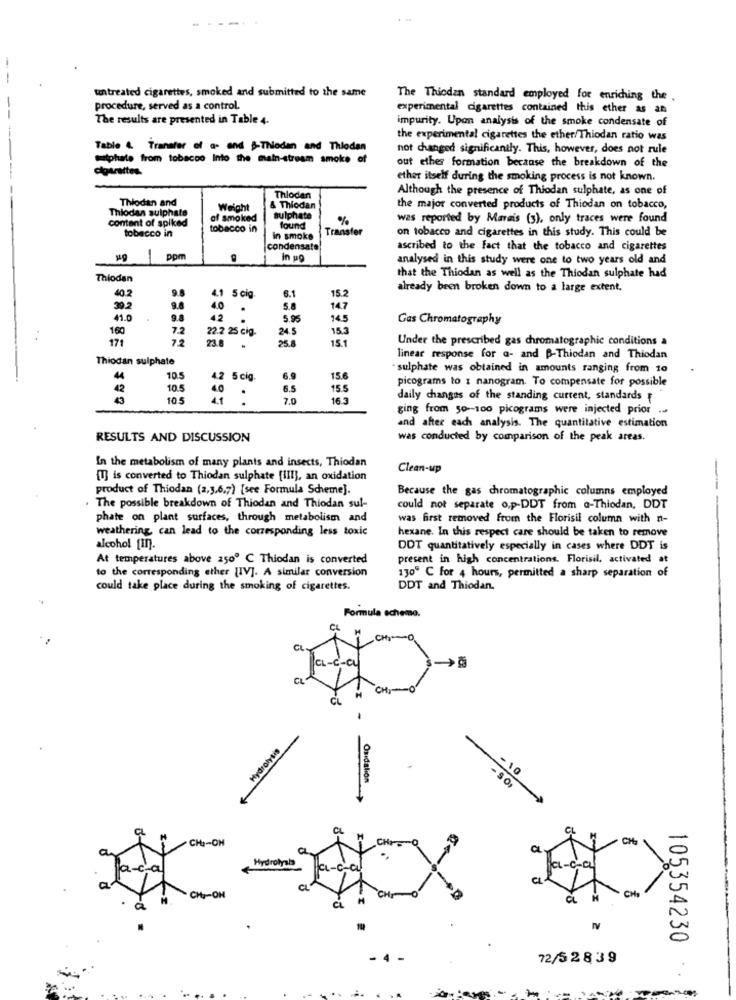
untreated cigarettes, smoked and submitted to the same
The Thicdan standard employed for enriching the .
procedure, served as a control.
experimental cigarettes contained this ether as an
The results are presented in Table 4.
impurity. Upon analysis of the smoke condensate of
the experimental cigarettes the ether/Thiodan ratio was
Table &. Transfer of a- and -Thiodan and Thiodan
not changed significantly. This, however, does not rule
suitphate from tobacco Into the main-stream smoke of
out ethes formation because the breakdown of the
ether itself during the smoking process is not known.
Although the presence of Thiodan sulphate, as one of
Thiodan and
Thiodan
Thiodas sulphate
Weight
& Thiodan
the major converted products of Thiodan on tobacco,
content of spiked
of smoked
sulphate
%
was reported by Marais (3), only traces were found
tobacco in
tobacco in
found
Transfer
on tobacco and cigarettes in this study. This could be
In smoke
condensate
ascribed to the fact that the tobacco and cigarettes
ppm
In wo
analysed in this study were one to two years old and
Thiodan
that the Thiodan as well as the Thiodan sulphate had
9
already been broken down to a large extent.
40.2
4.1 5 cig
6.1
15.2
39.2
4.0
5.8
14.7
41.0
9.
42
5.95
14.5
Gas Chromatography
160
7.2
22.2 25 cig.
24.5
15.3
171
72
23.8
25.8
15.1
Under the prescribed gas chromatographic conditions a
Thiodan sulphate
linear response for a- and B-Thiodan and Thiodan
- sulphate was obtained in amounts ranging from 10
44
10.5
4.2 5 cig
6.9
15.6
picograms to : nanogram. To compensate for possible
42
10.5
4.0
.
6.5
15.5
105
7.0
16.3
daily changes of the standing current, standards
ging from so- 100 picograms were injected prior ..
and after each analysis. The quantitative estimation
RESULTS AND DISCUSSION
was conducted by comparison of the peak areas.
In the metabolism of many plants and insects, Thiodan
Clean-up
[T] is converted to Thiodan sulphate [III], an oxidation
product of Thiodan (2,3,6,7) [see Formula Scheme].
Because the gas chromatographic columns employed
The possible breakdown of Thiodan and Thiodan sul-
could not separate o,p-DDT from a-Thiodan, DDT
phate on plant surfaces, through metabolism and
was first removed from the Florisil column with n-
weathering, can lead to the corresponding less toxic
hexane. In this respect care should be taken to remove
alcohol [In].
DOT quantitatively especially in cases where DDT is
At temperatures above 2500 ℃ Thiodan is converted
present in high concentrations. Florisil, activated at
to the corresponding ether [IV]. A similar conversion
130º C for 4 hours, permitted a sharp separation of
could take place during the smoking of cigarettes.
DDT and Thiodan.
Formula scheme.
CL
CL-C-CL
CL
CL
H
Hydrolysis
- 10
Oxidation
CL
CH :- OH
CH
CL
a-c-a
Hydrolysis
CL-c-CL
CL
a
CHP-OH
CL
CHT
CHa
CL
105354230
72/5 2 8 3 9